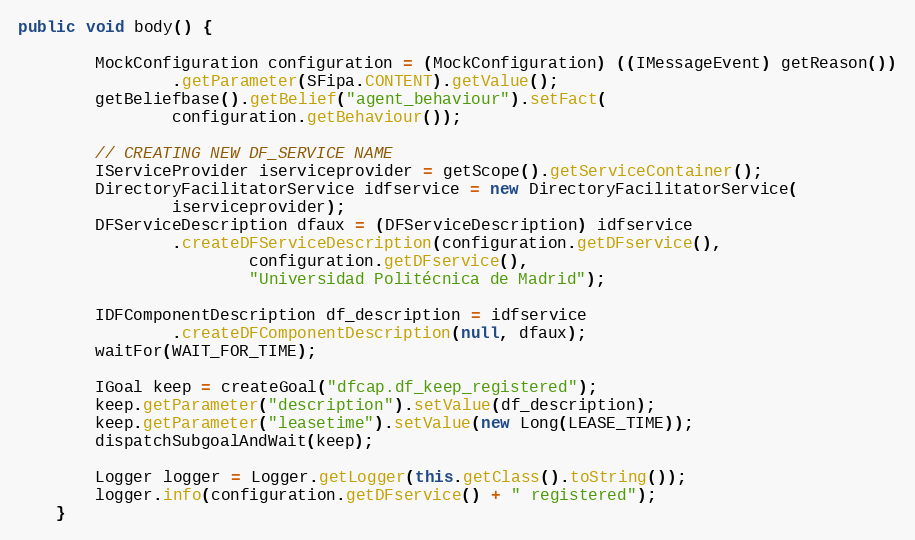
Language: Java
public void body() {

        MockConfiguration configuration = (MockConfiguration) ((IMessageEvent) getReason())
                .getParameter(SFipa.CONTENT).getValue();
        getBeliefbase().getBelief("agent_behaviour").setFact(
                configuration.getBehaviour());

        // CREATING NEW DF_SERVICE NAME
        IServiceProvider iserviceprovider = getScope().getServiceContainer();
        DirectoryFacilitatorService idfservice = new DirectoryFacilitatorService(
                iserviceprovider);
        DFServiceDescription dfaux = (DFServiceDescription) idfservice
                .createDFServiceDescription(configuration.getDFservice(),
                        configuration.getDFservice(),
                        "Universidad Politécnica de Madrid");

        IDFComponentDescription df_description = idfservice
                .createDFComponentDescription(null, dfaux);
        waitFor(WAIT_FOR_TIME);

        IGoal keep = createGoal("dfcap.df_keep_registered");
        keep.getParameter("description").setValue(df_description);
        keep.getParameter("leasetime").setValue(new Long(LEASE_TIME));
        dispatchSubgoalAndWait(keep);

        Logger logger = Logger.getLogger(this.getClass().toString());
        logger.info(configuration.getDFservice() + " registered");
    }